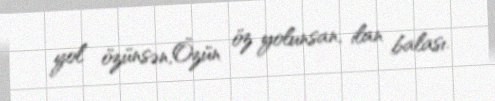
yol özünsən,Özün öz yolunsan, ilan balası.